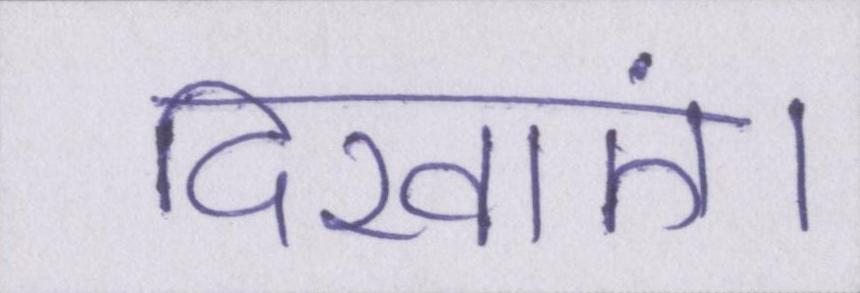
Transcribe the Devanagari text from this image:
दिखाएं।